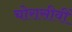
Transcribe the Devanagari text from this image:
चोरासीवीं